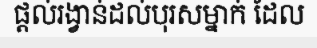
ផ្តល់រង្វាន់ដល់បុរសម្នាក់ ដែល